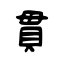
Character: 貫